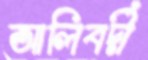
আলিবর্দী